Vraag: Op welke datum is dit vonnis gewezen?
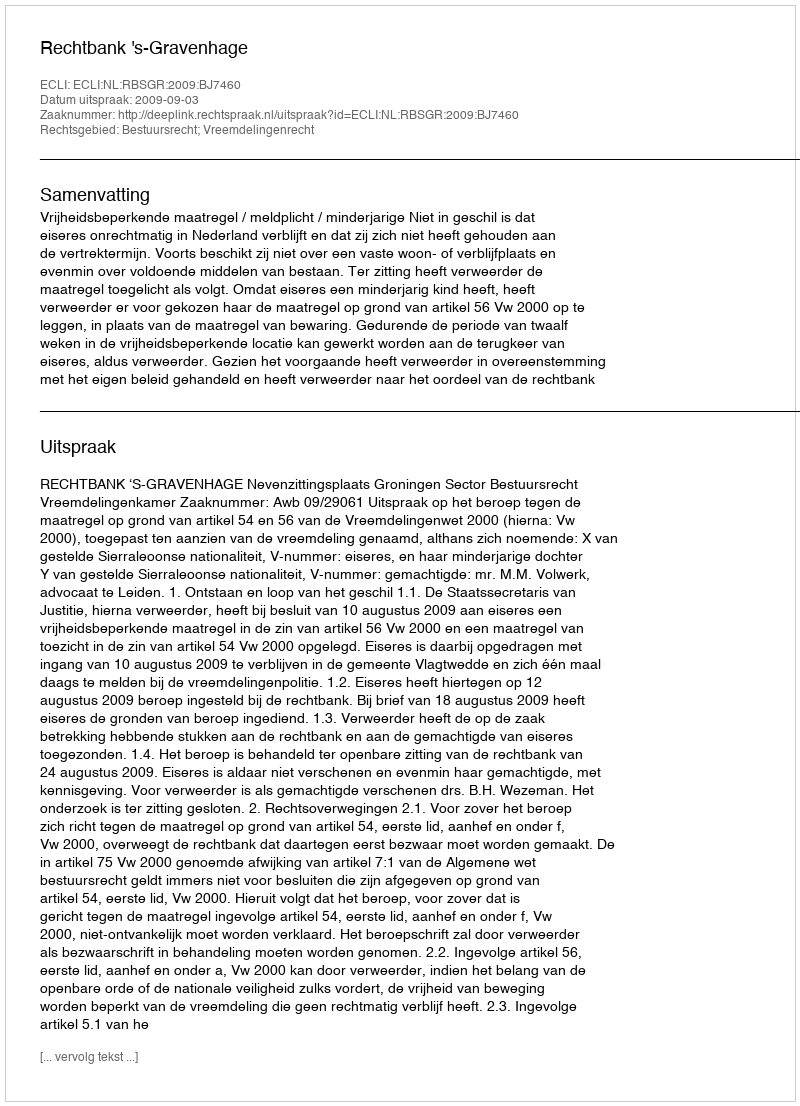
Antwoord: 2009-09-03